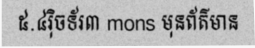
៥.៤រ៉ិចទ័រ៣ mons មុនព័ត៌មាន